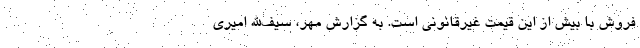
فروش با بیش از این قیمت غیرقانونی است. به گزارش مهر، سیف‌الله امیری